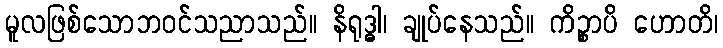
မူလဖြစ်သောဘဝင်သညာသည်။ နိရုဒ္ဓါ၊ ချုပ်နေသည်။ ကိဉ္စာပိ ဟောတိ၊